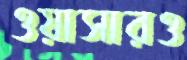
ওয়াসারও